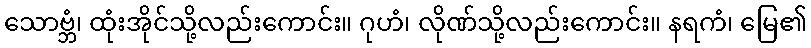
သောဗ္ဘံ၊ ထုံးအိုင်သို့လည်းကောင်း။ ဂုဟံ၊ လိုဏ်သို့လည်းကောင်း။ နရကံ၊ မြေ၏